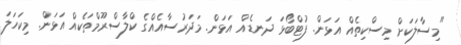
"މިސާލަކަށް މިސްކިތެއް އަޅަން. ފުޓްބޯޅަ ދަނޑެއް އަޅަން. މަދަރުސާއެއްގެ ކްލާސްރޫމްތަކެއް އަޅަން. މިކަހަލަ